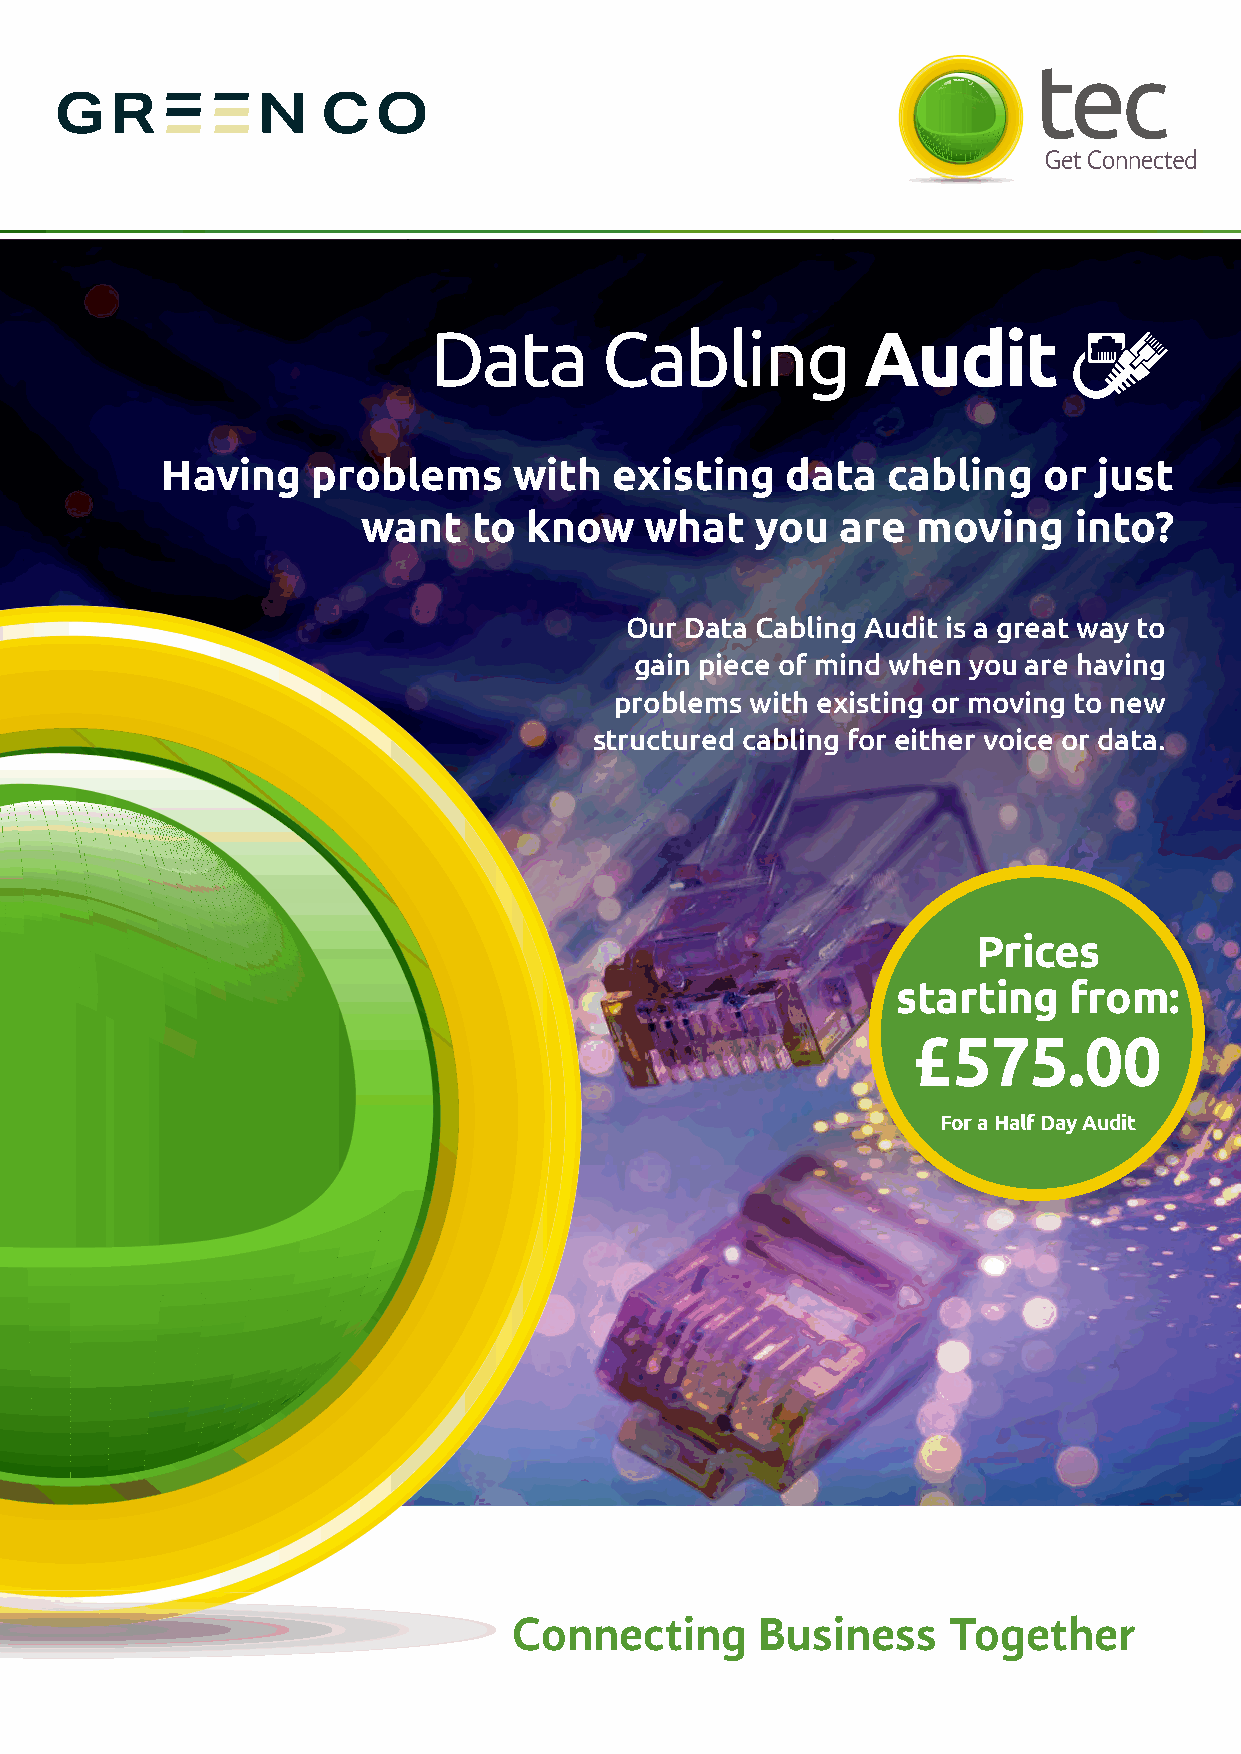
Data        Cabling          Audit
 Having    problems     with   existing   data   cabling   or  just
 want   to  know    what   you   are  moving    into?
 Our Data Cabling Audit is a great way to
 gain piece of mind when you are having
 problems with existing or moving to new
 structured cabling for either voice or data.
 Prices
 starting    from:
 £575.00
 For a Half Day Audit
 Connecting      Business     Together